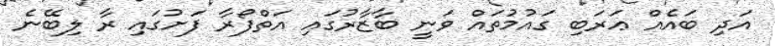
އަދި ބައެއް ޢަރަބި ގައުމުތައް ވަނީ ބާޒާރުގައި އަތްފޯރާ ފަށުގައި ރާ ލިބޭނެ